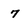
Character: 7